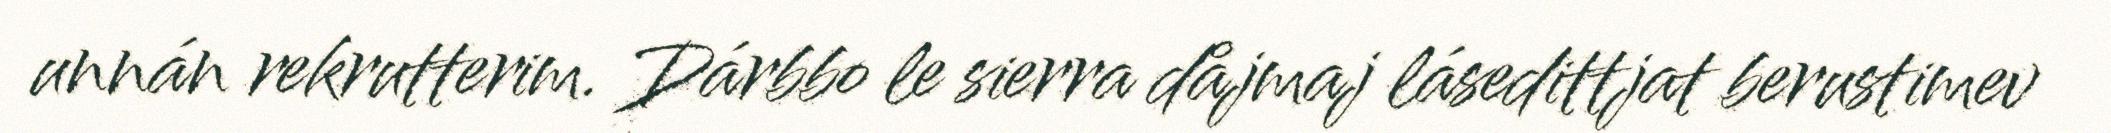
unnán rekrutterim. Dárbbo le sierra dåjmaj lásedittjat berustimev